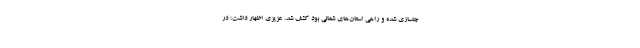
جاسازی شده و راهی استان‌های شمالی بود کشف شد. عزیزی اظهار داشت: در